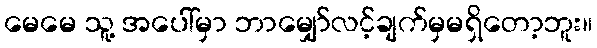
မေမေ သူ့ အပေါ်မှာ ဘာမျှော်လင့်ချက်မှမရှိတော့ဘူး။